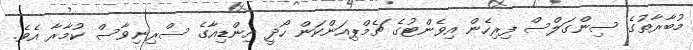
މުބާރާތުގެ ސިންގަލްސް ފިރިހެން އިވެންޓުގެ ޗެމްޕިއަންކަން ހޯދީ އިންޑިއާގެ ސްރިނިވާސް ކުމާރާ އެވެ.